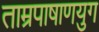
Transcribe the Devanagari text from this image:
ताम्रपाषाणयुग